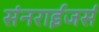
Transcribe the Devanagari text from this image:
संनराईजर्स